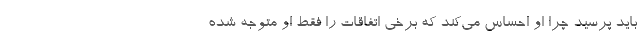
باید پرسید چرا او احساس می‌کند که برخی اتفاقات را فقط او متوجه شده